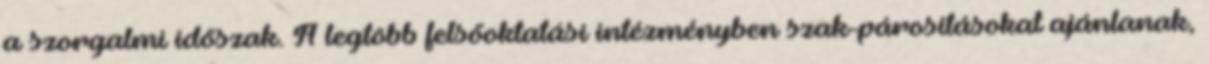
a szorgalmi időszak. A legtöbb felsőoktatási intézményben szak-párosításokat ajánlanak,